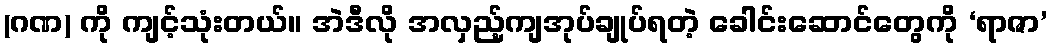
(ဂဏ) ကို ကျင့်သုံးတယ်။ အဲဒီလို အလှည့်ကျအုပ်ချုပ်ရတဲ့ ခေါင်းဆောင်တွေကို ‘ရာဇာ’